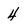
Character: 4